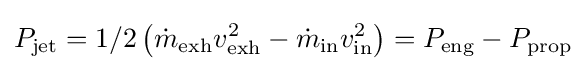
P_{\mathrm {jet} }=1/2\left({\dot {m}}_{\mathrm {exh} }v_{\mathrm {exh} }^{2}-{\dot {m}}_{\mathrm {in} }v_{\mathrm {in} }^{2}\right)=P_{\mathrm {eng} }-P_{\mathrm {prop} }